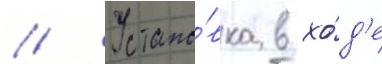
// Устано́вка в хо́д'е